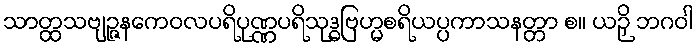
သာတ္ထသဗျဉ္ဇနကေဝလပရိပုဏ္ဏပရိသုဒ္ဓဗြဟ္မစရိယပ္ပကာသနတ္တာ စ။ ယဉှိ ဘဂဝါ